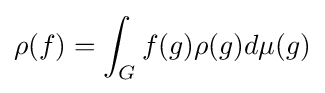
\rho (f)=\int _{G}f(g)\rho (g)d\mu (g)